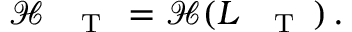
\begin{array} { r } { \mathcal { H } _ { \mathrm { ~ \tiny ~ \textnormal ~ { ~ T ~ } ~ } } = \mathcal { H } ( L _ { \mathrm { ~ \tiny ~ \textnormal ~ { ~ T ~ } ~ } } ) \, . } \end{array}